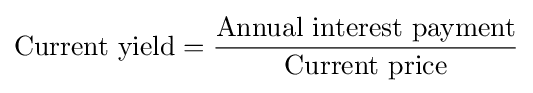
{\text{Current yield}}={\frac {\text{Annual interest payment}}{\text{Current price}}}